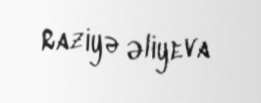
Raziyə Əliyeva